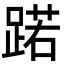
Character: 蹃